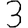
Digit: 3